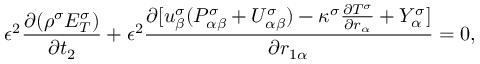
\epsilon ^ { 2 } \frac { \partial ( \rho ^ { \sigma } E _ { T } ^ { \sigma } ) } { \partial t _ { 2 } } + \epsilon ^ { 2 } \frac { \partial [ u _ { \beta } ^ { \sigma } ( P _ { \alpha \beta } ^ { \sigma } + U _ { \alpha \beta } ^ { \sigma } ) - \kappa ^ { \sigma } \frac { \partial T ^ { \sigma } } { \partial r _ { \alpha } } + Y _ { \alpha } ^ { \sigma } ] } { \partial r _ { 1 \alpha } } = 0 ,